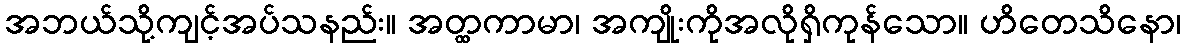
အဘယ်သို့ကျင့်အပ်သနည်း။ အတ္ထကာမာ၊ အကျိုးကိုအလိုရှိကုန်သော။ ဟိတေသိနော၊